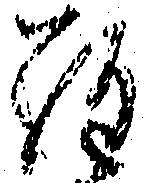
ら